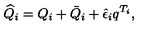
\widehat { Q } _ { i } = Q _ { i } + \bar { Q } _ { i } + \hat { \epsilon } _ { i } q ^ { T _ { i } } ,